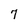
Character: 7